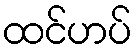
ထင်ဟပ်